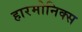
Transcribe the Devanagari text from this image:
हारमोनिक्स